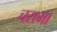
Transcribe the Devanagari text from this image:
चरामा